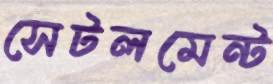
সেটলমেন্ট